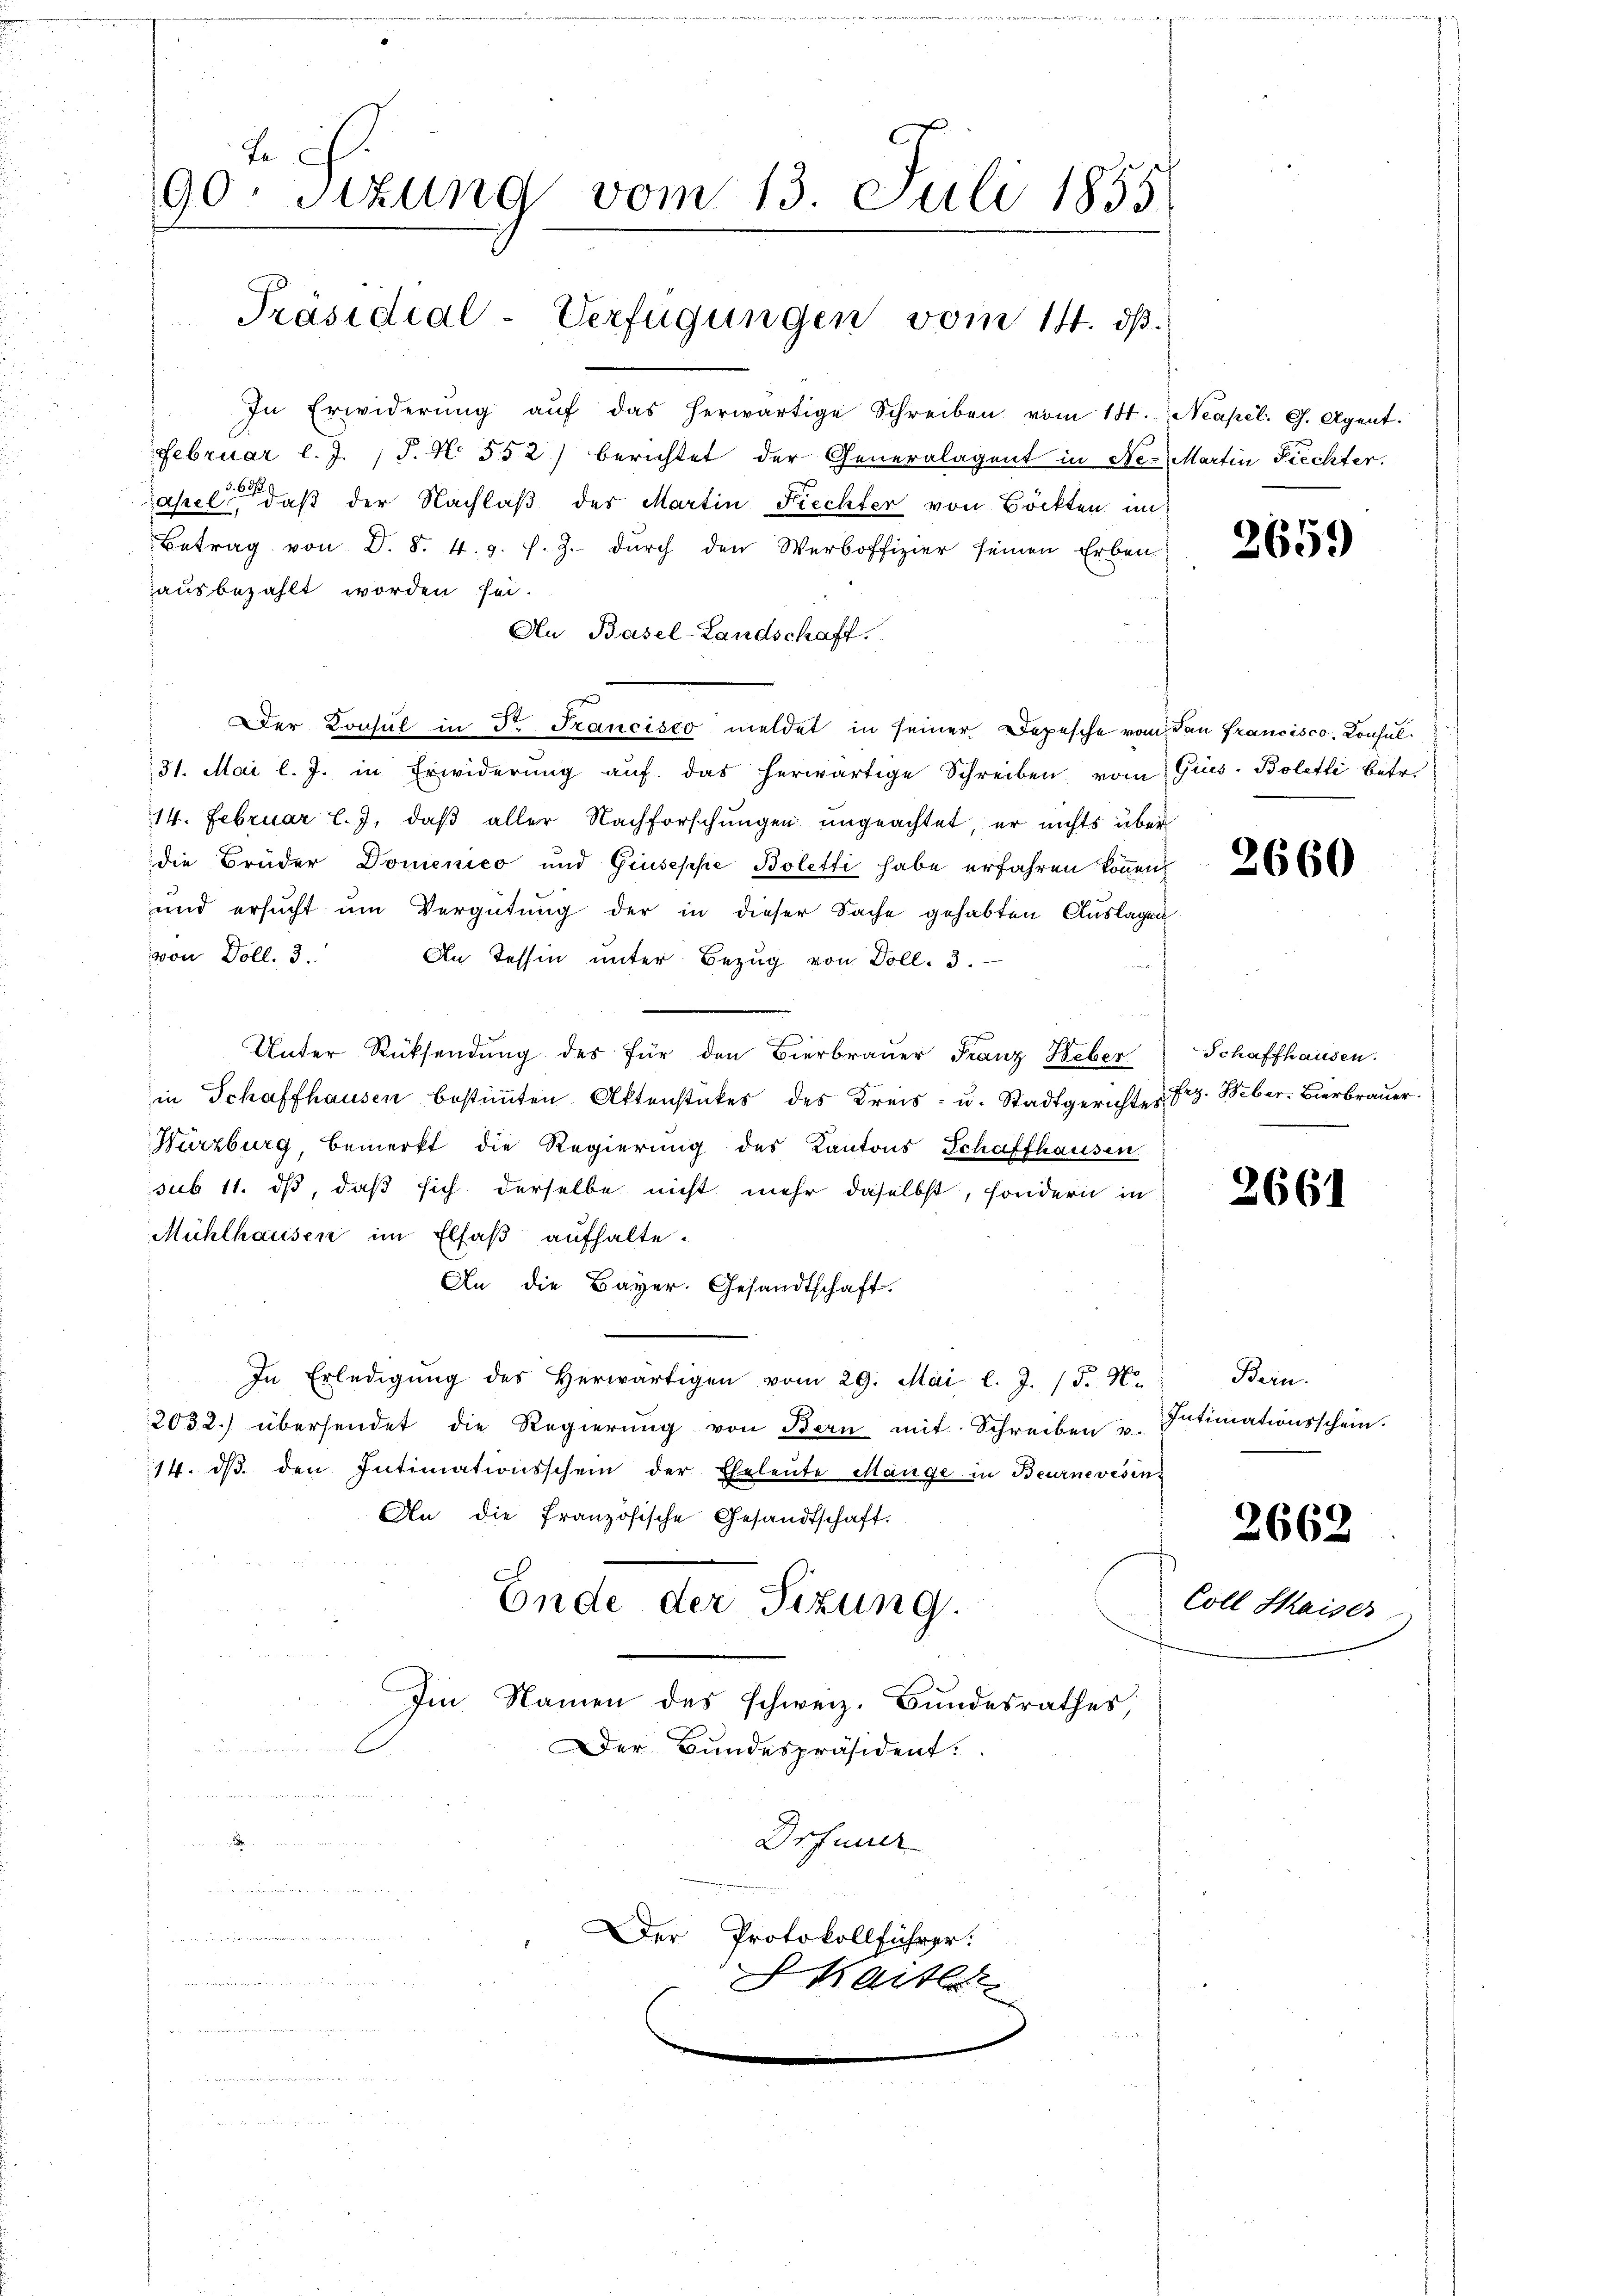
Le
90. Sizung vom 13. Juli 1855
Präsidial-Verfügungen vom 14. dß.

In Erwiderŭng aŭf das herwärtige Schreiben vom 14.
Februar l. J. J. N. 552) berichtet der Generalagent in Ne- Martin Frechter.
asel, daß der Nachlaβ der Martin Fiechter von Böckten im
Betrag von D. S. 4. p. s. Z. dŭrch den Werboffizier seinen Erben
ausbezahlt worden sei.
Au. Basel-Landschaft.
Der Konsul in Dr. Francisco meldet in seiner Depesche vom
31. Mai l. J. in Erwiderŭng auf das herwärtige Schreiben vom
14. Februar l. J. daß aller Nachforschungen ungeachtet, er nichts über
die Brüder Domenico und Giuseppe Boletti habe erfahren können
und ersucht um Vergütung der in dieser Sache gehabten Auslagen
von Doll. 3.
An Tessin unter Bezug von Doll. 3.
Unter Rücksendung des für den Bierbrauer Franz Weber
in Schaffhausen bestimmten Aktenstückes des Kreis- u. Stadtgerichter 3. Weber-Bierbrauer.
Würzburg, bemerkt die Regierŭng des Kantons Schaffhausen
sub 11. ds, daß sich derselbe nicht mehr daselbst, sondern in
Mühlhausen im Elsaß aufhalte.
An die Bayer. Gesandtschaft.
In Erledigŭng des herwärtigen vom 29. Mai l. J. 15. No
2032.) übersendet die Regierung von Bern mit Schreiben v.
14. dβ. den Intimationsschein der Eheleute Mänge in Beurnevesin
An die französische Gesandtschaft.
Ende der Sizung.
Im Namen des schweiz. Bundesrathes
Der Bundespräsident:
u

Drfeuer

Der Protokollführer.

Kaitle

Neapel. C. Agent.

2659

ddan Francisco, Konsul¬
Gius-Boletti betr.

2660

Schaffhausen.

2661

Bern.
Intimationsschein.

Coll Saiser

2662